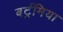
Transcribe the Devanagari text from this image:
बर्ट्रमिया